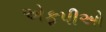
એફપીઓ